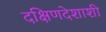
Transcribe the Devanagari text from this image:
दक्षिणदेशाशी